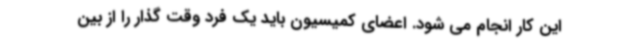
این کار انجام می شود. اعضای کمیسیون باید یک فرد وقت گذار را از بین